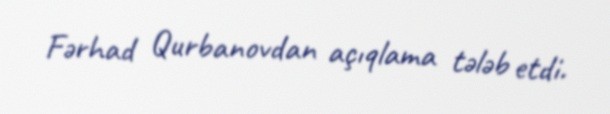
Fərhad Qurbanovdan açıqlama tələb etdi.